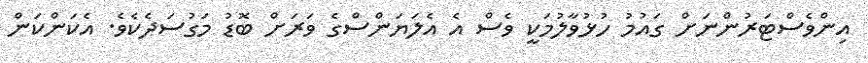
އިންވެސްޓަރުންނަށް ގައުމު ހުޅުވާލުމަކީ ވެސް އެ އެލަޔަންސްގެ ވަރަށް ބޮޑު މަގުސަދެކެވެ. އެކަންކަން